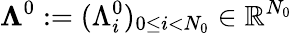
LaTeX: {{\mathbf\Lambda}^{0}}:=(\Lambda_{i}^{0})_{0\le i<N_{0}}\in\mathbb{R}^{N_{0}}